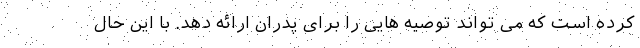
کرده است که می تواند توصیه هایی را برای پدران ارائه دهد. با این حال